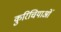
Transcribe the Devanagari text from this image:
कुरिचियाओं